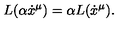
L ( \alpha \dot { x } ^ { \mu } ) = \alpha L ( \dot { x } ^ { \mu } ) .